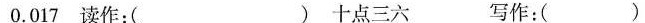
0.017读作：( ) 十点三六 写作：( )